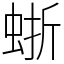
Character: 𧋍